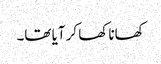
کھانا کھا کر آیا تھا۔